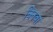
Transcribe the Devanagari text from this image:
क्निवा